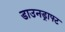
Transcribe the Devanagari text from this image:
डाउनड्राफ्ट